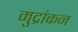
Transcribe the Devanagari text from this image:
मुद्रांकन